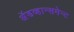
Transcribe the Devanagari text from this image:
अॅडव्हान्समेन्ट